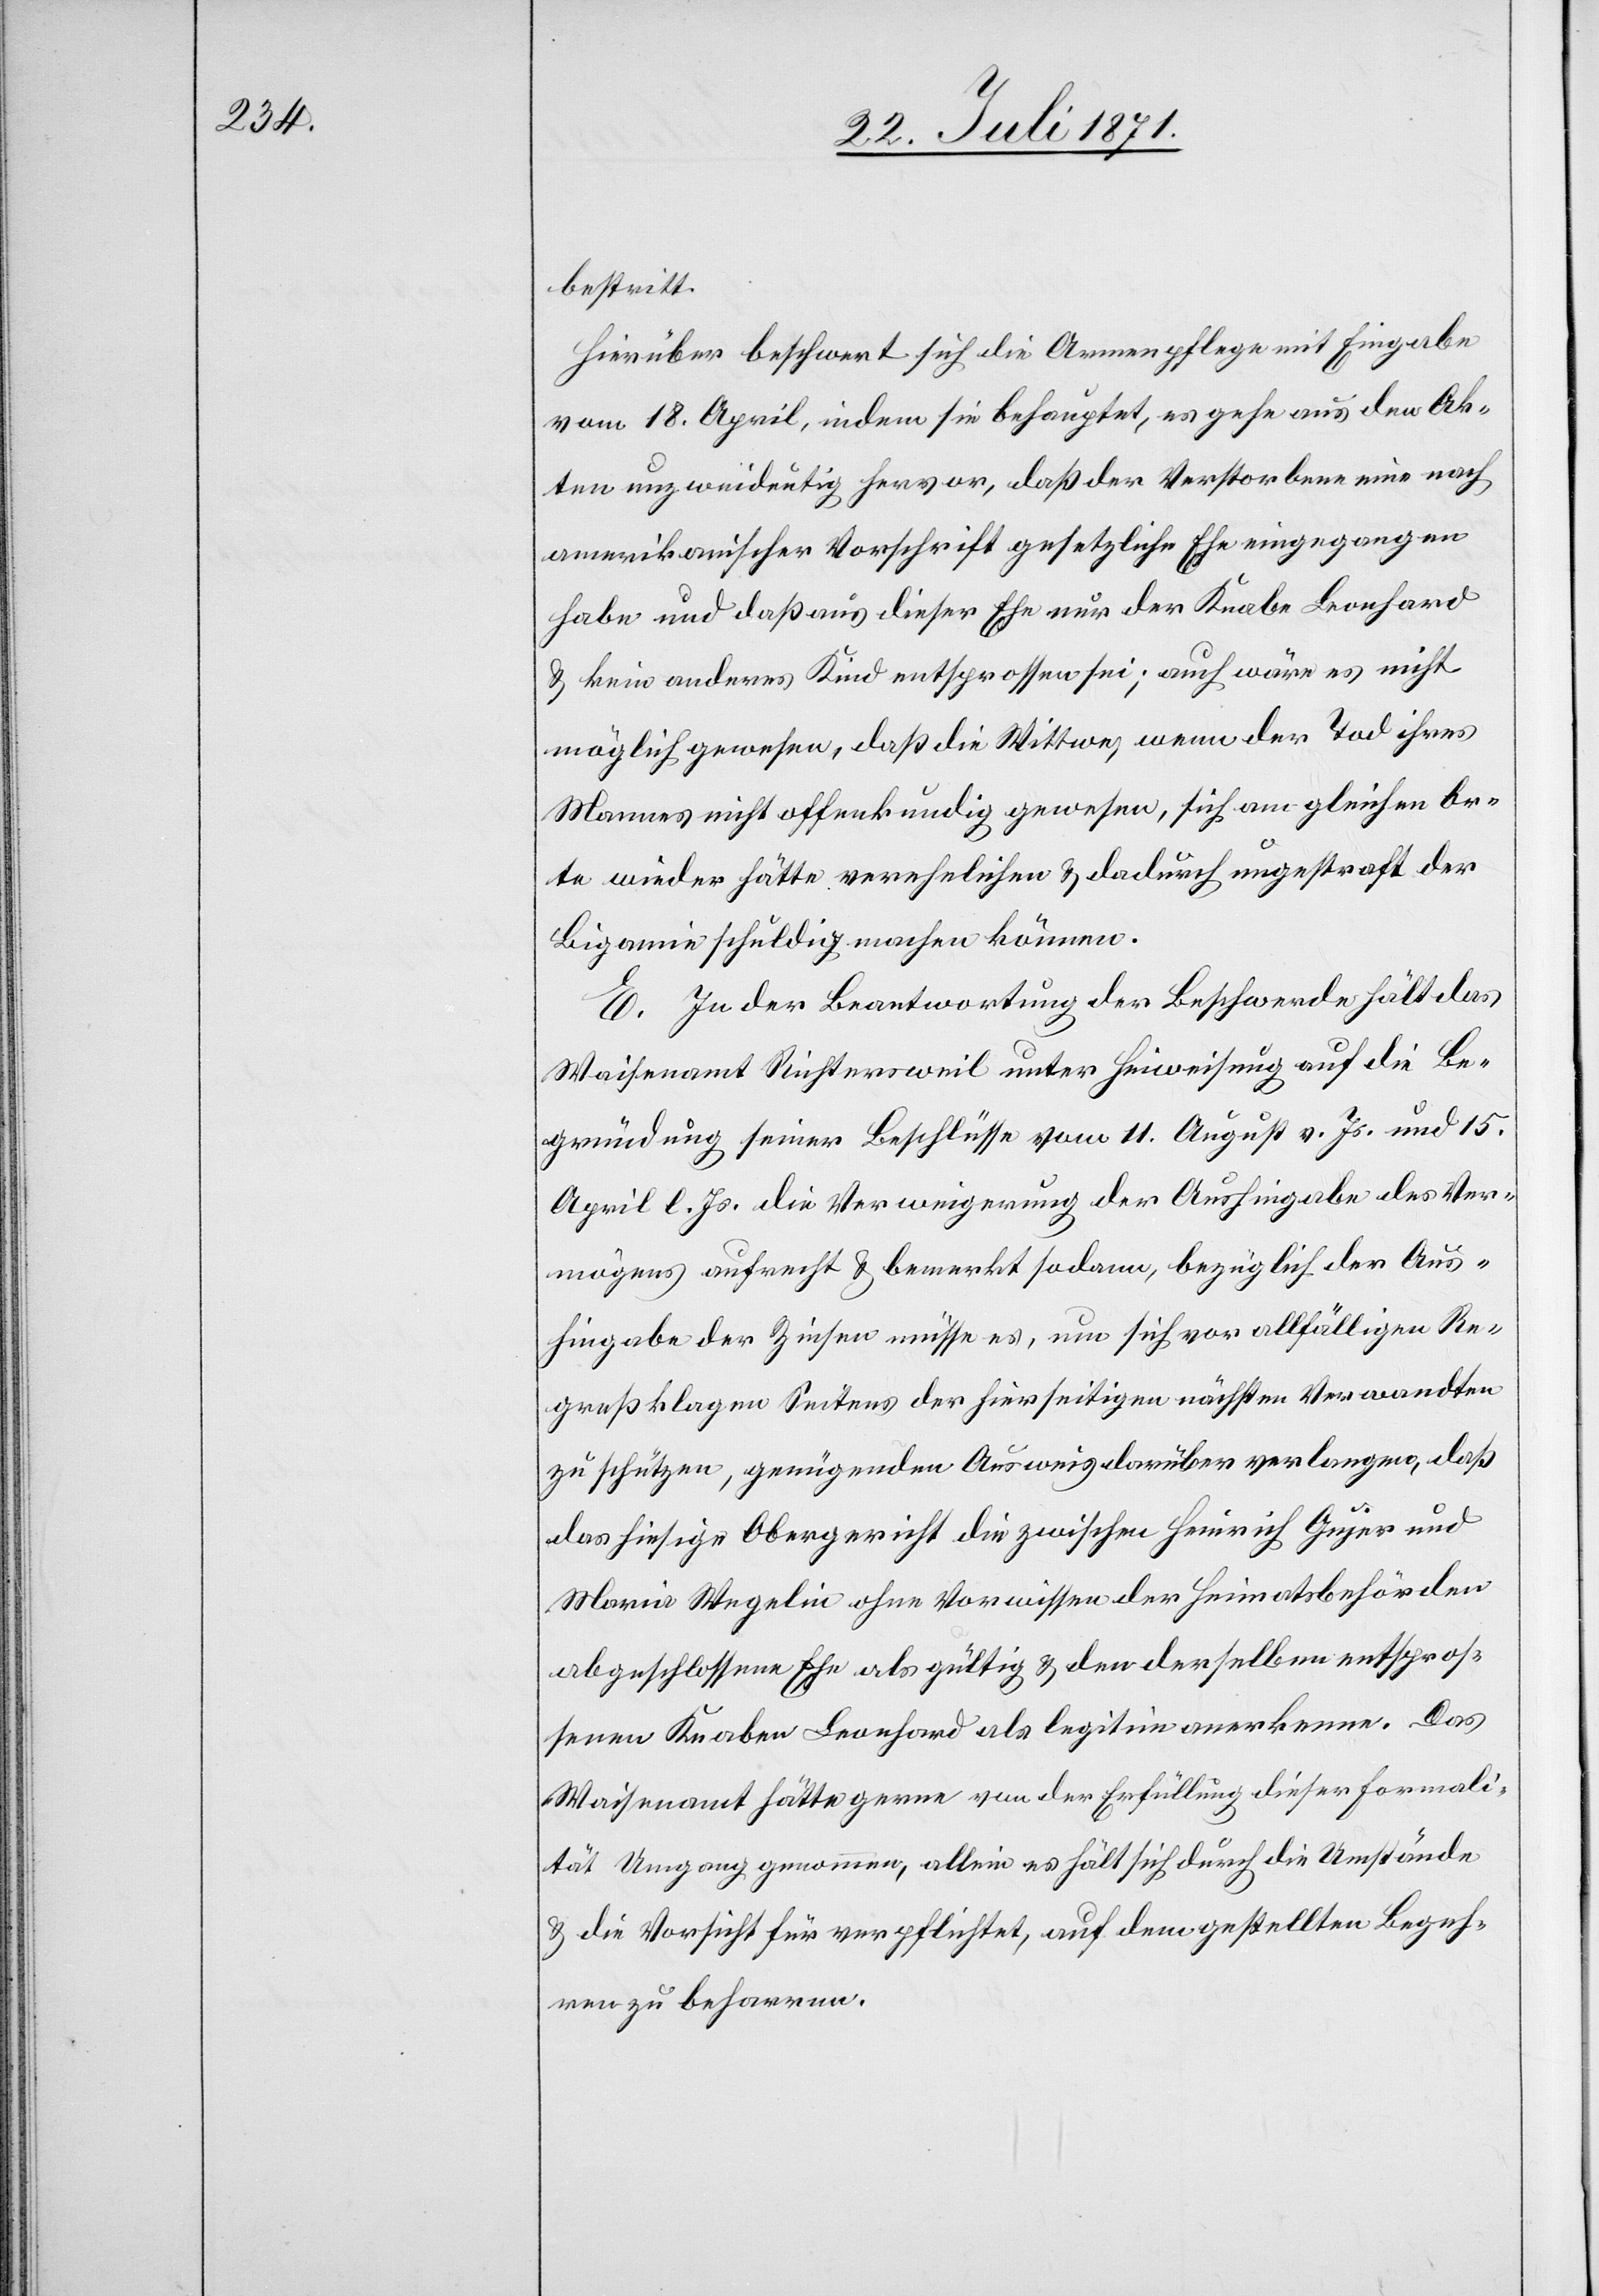
bestritt.
Hierüber beschwert sich die Armenpflege mit Eingabe
vom 18. April, indem sie behauptet, es gehe aus den Ak¬
ten unzweideutig hervor, daß der Verstorbene eine nach
amerikanischer Vorschrift gesetzliche Ehe eingegangen
habe und daß aus dieser Ehe nur der Knabe Leonhard
u. kein anderes Kind entsprossen sei; auch wäre es nicht
möglich gewesen, daß die Wittwe, wenn der Tod ihres
Mannes nicht offenkundig gewesen, sich am gleichen Or¬
te wiederhätte verehelichen u. dadurch ungestraft der
Bigamie schuldig machen können.
E. In der Beantwortung der Beschwerde hält das
Waisenamt Richtersweil unter Hinweisung auf die Be¬
gründung seiner Beschlüsse vom 11. August v. Js. und 15.
April l. Js. die Verweigerung der Aushingabe des Ver¬
mögens aufrecht u. bemerkt sodann, bezüglich der Aus¬
hingabe der Zinsen müsse es, um sich vor allfälligen Re¬
greßklagen Seitens der hierseitigen nächsten Verwandten
zu schützen, genügenden Ausweis darüber verlangen, daß
das hiesige Obergericht die zwischen Heinrich Gujer und
Maria Wegelin ohne Vorwissen der Heimatsbehörden
abgeschossene Ehe als gültig u. den derselben entspros¬
senen Knaben Leonhard als legitim anerkenne. Das
Waisenamt hätte gerne von der Erfüllung dieser Formali¬
tät Umgang genommen, allein es hält sich durch die Umstände
u. die Vorsicht für verpflichtet, auf dem gestellten Begeh¬
ren zu beharren.